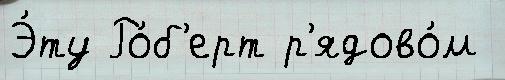
Э́ту Ро́б'ерт р'ядово́м